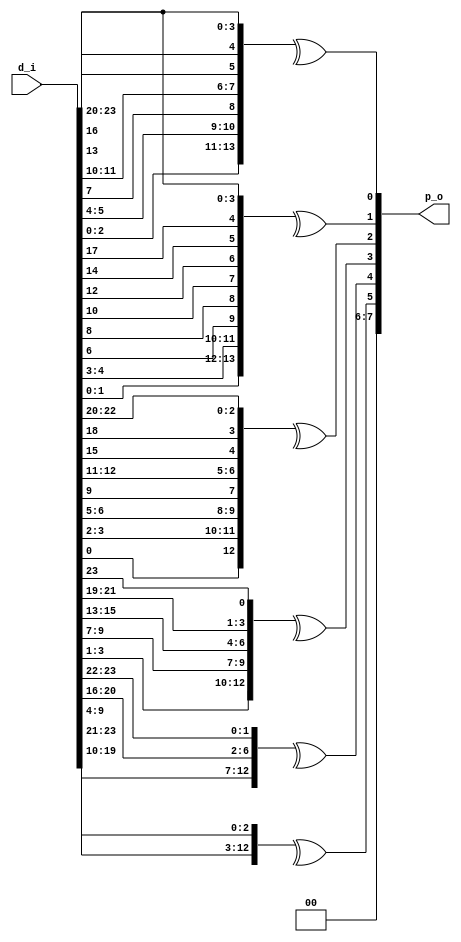
/* 
 * DSI Core
 * Copyright (C) 2013-2014 twl <twlostow@printf.cc>
 *
 * This library is free software; you can redistribute it and/or
 * modify it under the terms of the GNU Lesser General Public
 * License as published by the Free Software Foundation; either
 * version 3 of the License, or (at your option) any later version.

 * This library is distributed in the hope that it will be useful,
 * but WITHOUT ANY WARRANTY; without even the implied warranty of
 * MERCHANTABILITY or FITNESS FOR A PARTICULAR PURPOSE.  See the GNU
 * Lesser General Public License for more details.

 * You should have received a copy of the GNU Lesser General Public
 * License along with this library; if not, write to the Free Software
 * Foundation, Inc., 51 Franklin Street, Fifth Floor, Boston, MA  02110-1301  USA
 */
`timescale 1ns/1ps

module dsi_parity 
  (
   input [23:0] d_i,
   output [7:0] p_o
   );

   assign p_o[0]=^{d_i[2:0], d_i[5:4], d_i[7], d_i[11:10], d_i[13], d_i[16], d_i[23:20]};
   assign p_o[1]=^{d_i[1:0], d_i[4:3], d_i[6], d_i[8], d_i[10], d_i[12], d_i[14], d_i[17], d_i[23:20]}; 
   assign p_o[2]=^{d_i[0], d_i[3:2], d_i[6:5], d_i[9], d_i[12:11], d_i[15], d_i[18], d_i[22:20] };
   assign p_o[3]=^{d_i[3:1], d_i[9:7], d_i[15:13], d_i[21:19], d_i[23]};
   assign p_o[4]=^{d_i[9:4], d_i[20:16], d_i[23:22]}; 
   assign p_o[5]=^{d_i[19:10], d_i[23:21]};
   assign p_o[7:6]=2'b0;
   
endmodule // dsi_parity